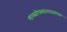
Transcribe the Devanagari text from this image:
मानसोपचारशास्त्राच्या